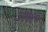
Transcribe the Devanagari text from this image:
३१११०